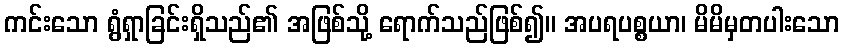
ကင်းသော ရွံရှာခြင်းရှိသည်၏ အဖြစ်သို့ ရောက်သည်ဖြစ်၍။ အပရပစ္စယာ၊ မိမိမှတပါးသော